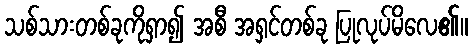
သစ်သားတစ်ခုကိုရှာ၍ အစီ အရှင်တစ်ခု ပြုလုပ်မိလေ၏။